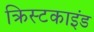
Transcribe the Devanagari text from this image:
क्रिस्टकाइंड